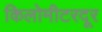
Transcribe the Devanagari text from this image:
किलोमीटरदूर